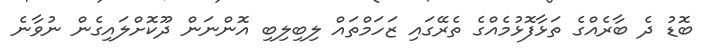
ބޮޑު ދެ ބާރެއްގެ ތަޅާފޮޅުމެއްގެ ތެރޭގައި ޒަހަމްތައް ލިބިލިބި އޮންނަން ދޫކޮށްލައިގެން ނުވާނެ